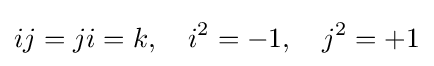
ij=ji=k,\quad i^{2}=-1,\quad j^{2}=+1